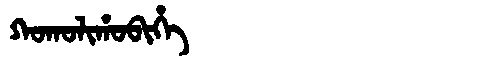
Manchu: ᡴᠣᡴᠣᠯᡳᡥᠣᠪᡳᡥᡝ
Romanization: KOKOLIHOBIHE